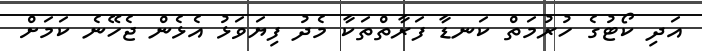
އަދި ކޯޓުގެ ހުރުމަތް ކަނޑާ ފަރާތްތަކާ މެދު ފިޔަވަޅު އެޅެން ޖެހޭނެ ކަމަށް